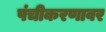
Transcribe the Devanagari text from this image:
पंचीकरणावर